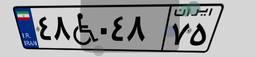
۴۸W۰۴۸۷۵